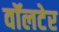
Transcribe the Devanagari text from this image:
वॉलटेर